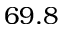
6 9 . 8